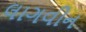
લાગવીન